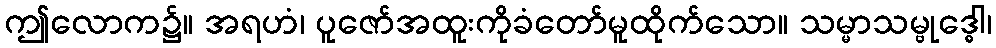
ဤလောက၌။ အရဟံ၊ ပူဇော်အထူးကိုခံတော်မူထိုက်သော။ သမ္မာသမ္ဗုဒ္ဓေါ၊